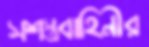
সশস্ত্রবাহিনীর